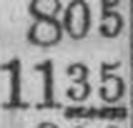
1135